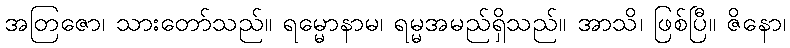
အတြဇော၊ သားတော်သည်။ ရမ္မောနာမ၊ ရမ္မအမည်ရှိသည်။ အာသိ၊ ဖြစ်ပြီ။ ဇိနော၊